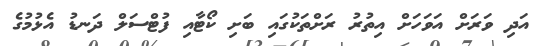
އަދި ވަރަށް އަވަހަށް އިތުރު ރަށްތަކުގައި ބަށި ކޯޓާއި ފުޓްސަލް ދަނޑު އެޅުމުގެ